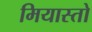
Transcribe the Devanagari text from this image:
मियास्तो